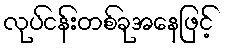
လုပ်ငန်းတစ်ခုအနေဖြင့်